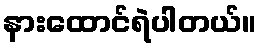
နားထောင်ရဲပါတယ်။